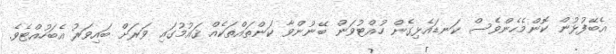
އެބޭފުޅުން ކޮންމެހެންވެސް ކަނޑައެޅިގެން ހުއްޓުވަން ބޭނުންވާ ކަންތައްތަކެއް ޤައުމުގައި ވަރަށް ބައިވަރު އެބަހުއްޓެވެ.